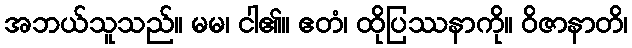
အဘယ်သူသည်။ မမ၊ ငါ၏။ ဧတံ၊ ထိုပြဿနာကို။ ဝိဇာနာတိ၊